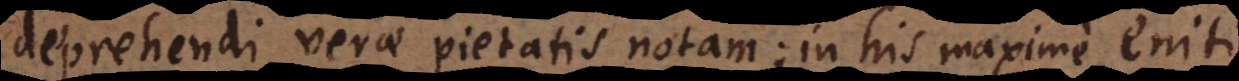
deprehendi verae pietatis notam; in his maxime eniti,